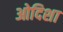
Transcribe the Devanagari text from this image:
ओदिशा